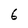
Character: 6